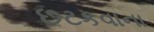
છટકવાના